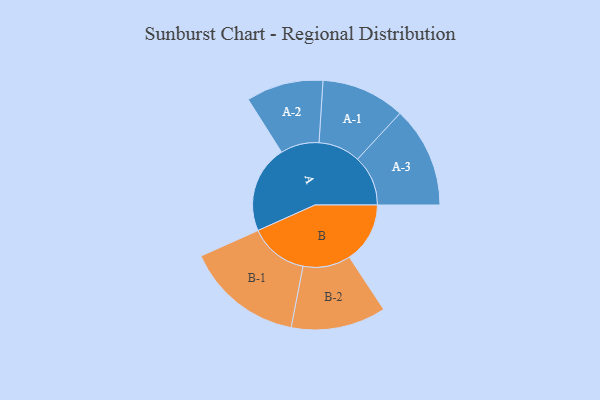
{"axis": {"x": "Segment", "y": "Value"}, "legend": ["", "A", "B"], "data": [{"x": "A", "y": 234, "type": ""}, {"x": "B", "y": 162, "type": ""}, {"x": "A-1", "y": 112, "type": "A"}, {"x": "A-2", "y": 103, "type": "A"}, {"x": "A-3", "y": 135, "type": "A"}, {"x": "B-1", "y": 157, "type": "B"}, {"x": "B-2", "y": 127, "type": "B"}]}